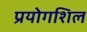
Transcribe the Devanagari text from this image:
प्रयोगशिल